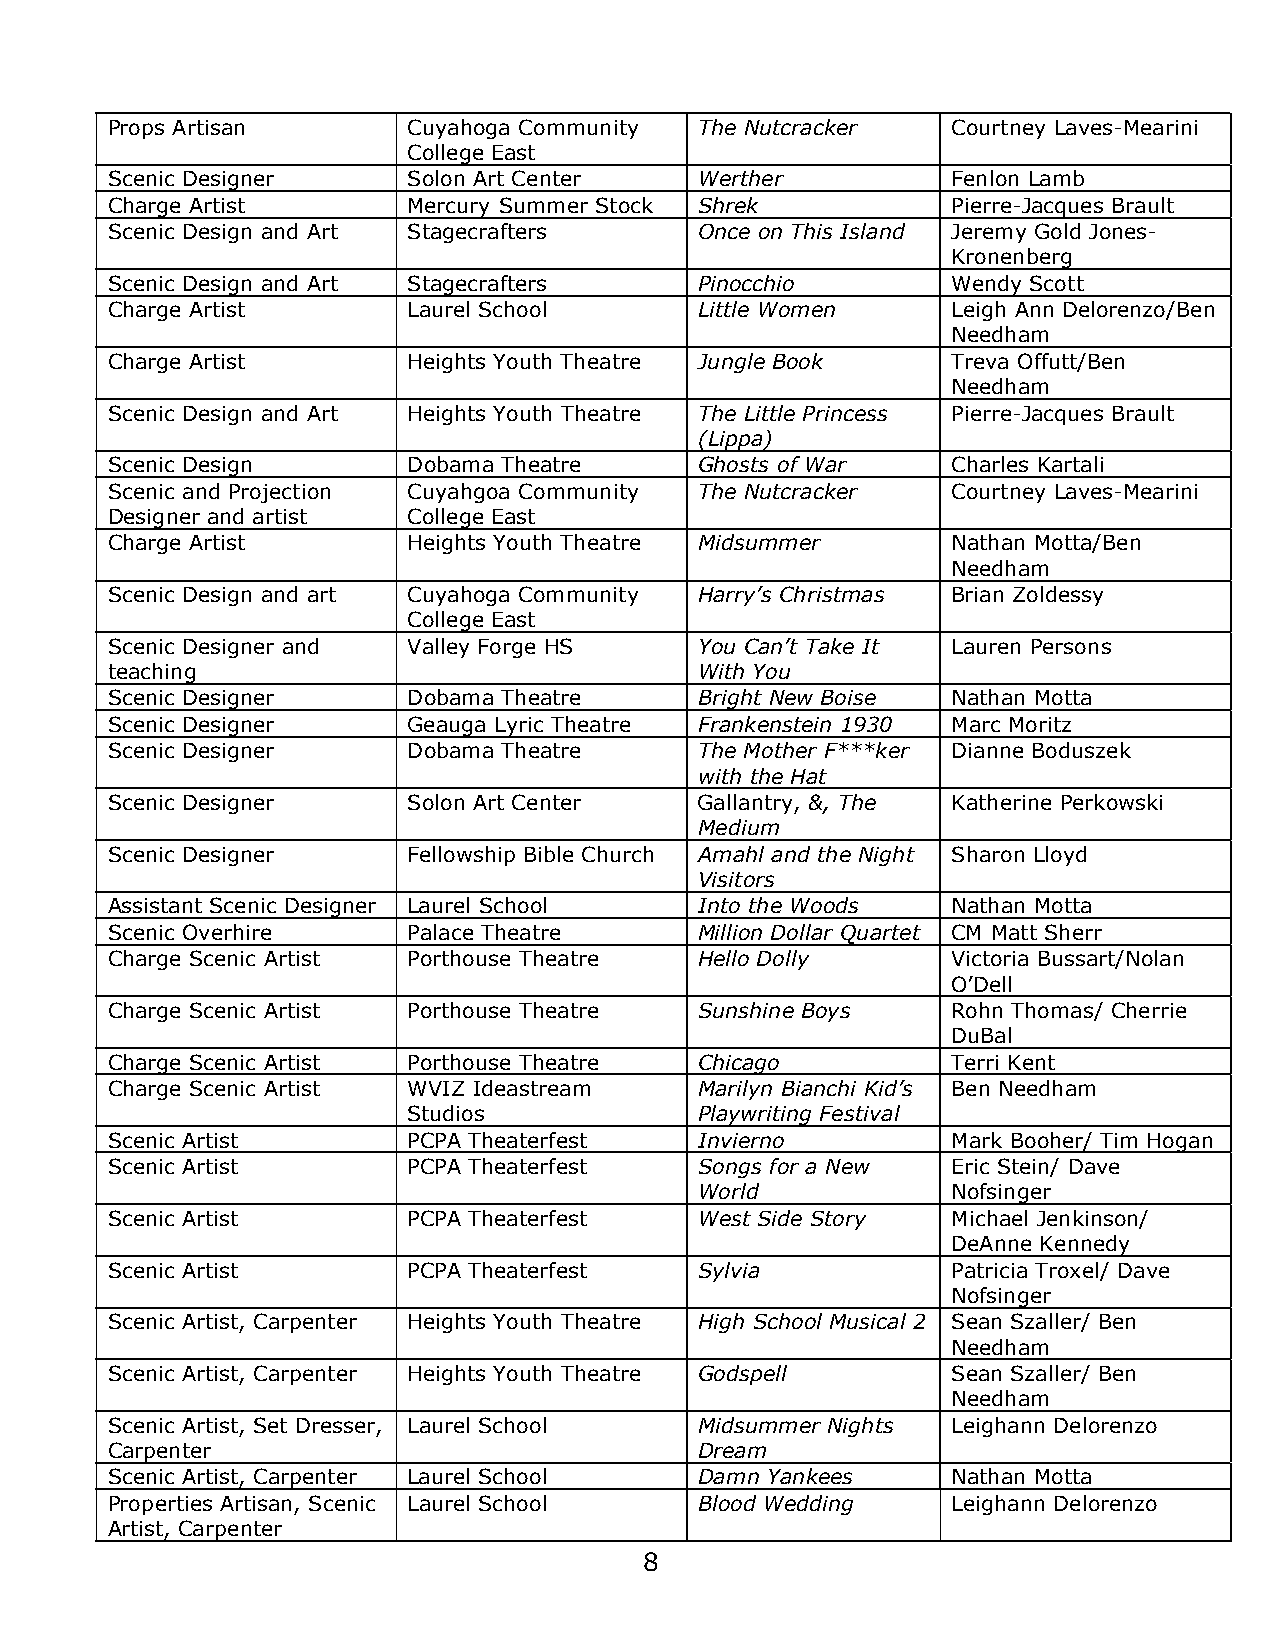
Props Artisan       Cuyahoga Community The Nutcracker   Courtney Laves-Mearini
 College East
 Scenic Designer     Solon Art Center   Werther          Fenlon Lamb
 Charge Artist       Mercury Summer Stock Shrek          Pierre-Jacques Brault
 Scenic Design and Art Stagecrafters    Once on This Island Jeremy Gold Jones-
 Kronenberg
 Scenic Design and Art Stagecrafters    Pinocchio        Wendy Scott
 Charge Artist       Laurel School      Little Women     Leigh Ann Delorenzo/Ben
 Needham
 Charge Artist       Heights Youth Theatre Jungle Book   Treva Offutt/Ben
 Needham
 Scenic Design and Art Heights Youth Theatre The Little Princess Pierre-Jacques Brault
 (Lippa)
 Scenic Design       Dobama Theatre     Ghosts of War    Charles Kartali
 Scenic and Projection Cuyahgoa Community The Nutcracker Courtney Laves-Mearini
 Designer and artist College East
 Charge Artist       Heights Youth Theatre Midsummer     Nathan Motta/Ben
 Needham
 Scenic Design and art Cuyahoga Community Harry’s Christmas Brian Zoldessy
 College East
 Scenic Designer and Valley Forge HS    You Can’t Take It Lauren Persons
 teaching                               With You
 Scenic Designer     Dobama Theatre     Bright New Boise Nathan Motta
 Scenic Designer     Geauga Lyric Theatre Frankenstein 1930 Marc Moritz
 Scenic Designer     Dobama Theatre     The Mother F***ker Dianne Boduszek
 with the Hat
 Scenic Designer     Solon Art Center   Gallantry, &, The Katherine Perkowski
 Medium
 Scenic Designer     Fellowship Bible Church Amahl and the Night Sharon Lloyd
 Visitors
 Assistant Scenic Designer Laurel School Into the Woods  Nathan Motta
 Scenic Overhire     Palace Theatre     Million Dollar Quartet CM Matt Sherr
 Charge Scenic Artist Porthouse Theatre Hello Dolly      Victoria Bussart/Nolan
 O’Dell
 Charge Scenic Artist Porthouse Theatre Sunshine Boys    Rohn Thomas/ Cherrie
 DuBal
 Charge Scenic Artist Porthouse Theatre Chicago          Terri Kent
 Charge Scenic Artist WVIZ Ideastream   Marilyn Bianchi Kid’s Ben Needham
 Studios            Playwriting Festival
 Scenic Artist       PCPA Theaterfest   Invierno         Mark Booher/ Tim Hogan
 Scenic Artist       PCPA Theaterfest   Songs for a New  Eric Stein/ Dave
 World            Nofsinger
 Scenic Artist       PCPA Theaterfest   West Side Story  Michael Jenkinson/
 DeAnne Kennedy
 Scenic Artist       PCPA Theaterfest   Sylvia           Patricia Troxel/ Dave
 Nofsinger
 Scenic Artist, Carpenter Heights Youth Theatre High School Musical 2 Sean Szaller/ Ben
 Needham
 Scenic Artist, Carpenter Heights Youth Theatre Godspell Sean Szaller/ Ben
 Needham
 Scenic Artist, Set Dresser, Laurel School Midsummer Nights Leighann Delorenzo
 Carpenter                              Dream
 Scenic Artist, Carpenter Laurel School Damn Yankees     Nathan Motta
 Properties Artisan, Scenic Laurel School Blood Wedding  Leighann Delorenzo
 Artist, Carpenter
 8